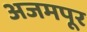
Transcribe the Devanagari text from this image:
अजमपूर